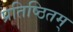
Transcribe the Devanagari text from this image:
प्रतिष्ठितम्